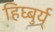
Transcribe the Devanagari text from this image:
हिघ्बुर्य्